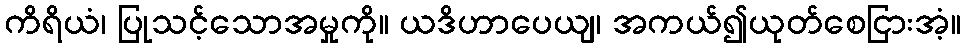
ကိရိယံ၊ ပြုသင့်သောအမှုကို။ ယဒိဟာပေယျ၊ အကယ်၍ယုတ်စေငြားအံ့။